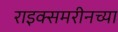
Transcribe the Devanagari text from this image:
राइक्समरीनच्या